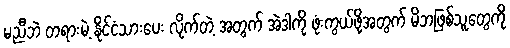
မညီဘဲ တရားမဲ့ နိုင်ငံသားပေး လိုက်တဲ့ အတွက် အဲဒါကို ဖုံးကွယ်ဖို့အတွက် မိဘဖြစ်သူတွေကို